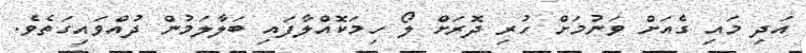
އަދި މައި ގެއަށް ވަނުމަށް ހުރި ދޮރަށް ލޯ ހިމަކޮއްލާފައި ބަލާލަމުން ދުއްވައިގަތެވެ.